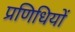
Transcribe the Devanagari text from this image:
प्रणिधियों